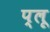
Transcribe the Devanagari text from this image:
प्लू